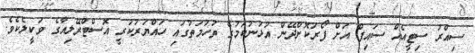
ސިއްރު ސިޓީއެއް ސައިފް އަށް ފޯރުކޮށްދޭން އުޅުނުކަމުގެ ތުހުމަތުގައި ހައްޔަރުކުރީ އޮސްޓްރޭލިއާގެ ވަކީލެކެވެ.